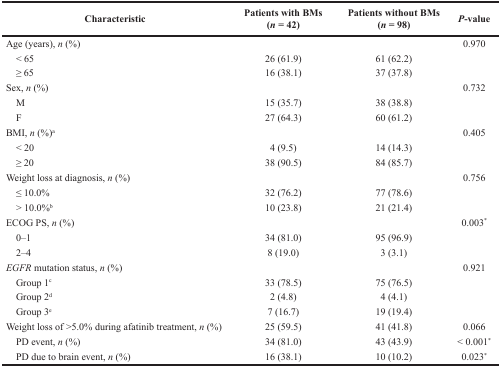
<table><thead><tr><td><b>Characteristic</b></td><td><b>Patients with BMs (<i>n</i> = 42)</b></td><td><b>Patients without BMs (<i>n</i> = 98)</b></td><td><b><i>P</i>-value</b></td></tr></thead><tbody><tr><td>Age (years), <i>n</i> (%)</td><td></td><td></td><td>0.970</td></tr><tr><td> &lt; 65</td><td>26 (61.9)</td><td>61 (62.2)</td><td></td></tr><tr><td> ≥ 65</td><td>16 (38.1)</td><td>37 (37.8)</td><td></td></tr><tr><td>Sex, <i>n</i> (%)</td><td></td><td></td><td>0.732</td></tr><tr><td> M</td><td>15 (35.7)</td><td>38 (38.8)</td><td></td></tr><tr><td> F</td><td>27 (64.3)</td><td>60 (61.2)</td><td></td></tr><tr><td>BMI, <i>n</i> (%)<sup>a</sup></td><td></td><td></td><td>0.405</td></tr><tr><td> &lt; 20</td><td>4 (9.5)</td><td>14 (14.3)</td><td></td></tr><tr><td> ≥ 20</td><td>38 (90.5)</td><td>84 (85.7)</td><td></td></tr><tr><td>Weight loss at diagnosis, <i>n</i> (%)</td><td></td><td></td><td>0.756</td></tr><tr><td> ≤ 10.0%</td><td>32 (76.2)</td><td>77 (78.6)</td><td></td></tr><tr><td> &gt; 10.0%<sup>b</sup></td><td>10 (23.8)</td><td>21 (21.4)</td><td></td></tr><tr><td>ECOG PS, <i>n</i> (%)</td><td></td><td></td><td>0.003<sup>*</sup></td></tr><tr><td> 0–1</td><td>34 (81.0)</td><td>95 (96.9)</td><td></td></tr><tr><td> 2–4</td><td>8 (19.0)</td><td>3 (3.1)</td><td></td></tr><tr><td><i>EGFR</i> mutation status, <i>n</i> (%)</td><td></td><td></td><td>0.921</td></tr><tr><td> Group 1<sup>c</sup></td><td>33 (78.5)</td><td>75 (76.5)</td><td></td></tr><tr><td> Group 2<sup>d</sup></td><td>2 (4.8)</td><td>4 (4.1)</td><td></td></tr><tr><td> Group 3<sup>e</sup></td><td>7 (16.7)</td><td>19 (19.4)</td><td></td></tr><tr><td>Weight loss of &gt;5.0% during afatinib treatment, <i>n</i> (%)</td><td>25 (59.5)</td><td>41 (41.8)</td><td>0.066</td></tr><tr><td> PD event, <i>n</i> (%)</td><td>34 (81.0)</td><td>43 (43.9)</td><td>&lt; 0.001<sup>*</sup></td></tr><tr><td> PD due to brain event, <i>n</i> (%)</td><td>16 (38.1)</td><td>10 (10.2)</td><td>0.023<sup>*</sup></td></tr></tbody></table>